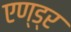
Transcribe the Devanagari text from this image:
एण्ड्र